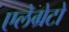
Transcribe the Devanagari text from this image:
एलेग्रेटो